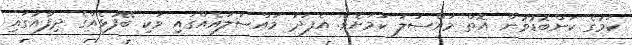
ކަމުގެ ކަންބޮޑުވުން އޮތް މައްސަލަ ކަމަށެވެ. އެފަދަ މައްސަލައެއްގައި ވަކި ބޭފުޅެއްގެ ދިފާއުގައި